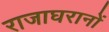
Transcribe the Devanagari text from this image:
राजाघरानों